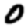
Digit: 0